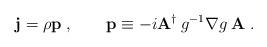
LaTeX: \begin{align*}{\bf j}=\rho{\bf p}\;, \qquad {\bf p}\equiv -i {\bf A}^\dagger \:g^{-1}\nabla g\:{\bf A}\;.\end{align*}